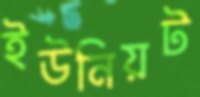
ইউনিয়ট